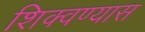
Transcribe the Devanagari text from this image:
शिक्वण्यास